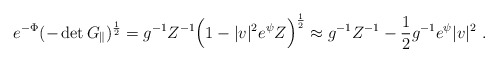
\begin{align*}e^{-\Phi}(-\det G_{\|})^{\frac{1}{2}}=g^{-1} Z^{-1}\Bigl(1-|v|^2 e^{\psi}Z\Bigr)^{\frac{1}{2}} \approx g^{-1} Z^{-1}-\frac{1}{2}g^{-1} e^{\psi} |v|^2\ .\end{align*}